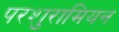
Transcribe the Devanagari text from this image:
परशुरामियन